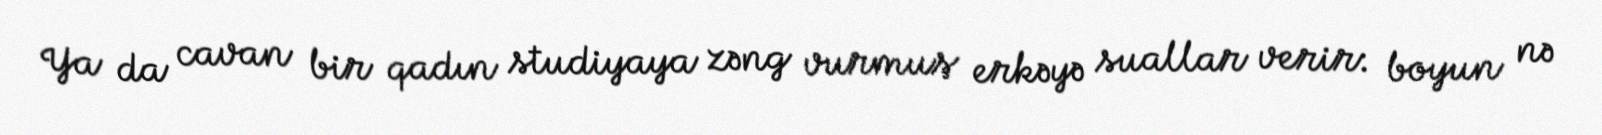
Ya da cavan bir qadın studiyaya zəng vurmuş erkəyə suallar verir: boyun nə